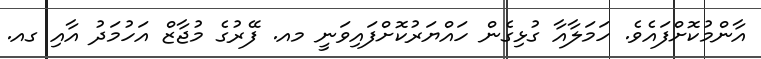
އާންމުކޮށްފައެވެ. ހަމަލާއާ ގުޅިގެން ހައްޔަރުކޮށްފައިވަނީ މއ. ފޭރުގެ މުޖާޒް އަހުމަދު އާއި ގއ.